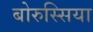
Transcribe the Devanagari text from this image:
बोरुस्सिया